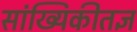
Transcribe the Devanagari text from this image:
सांख्यिकीतज्ञ